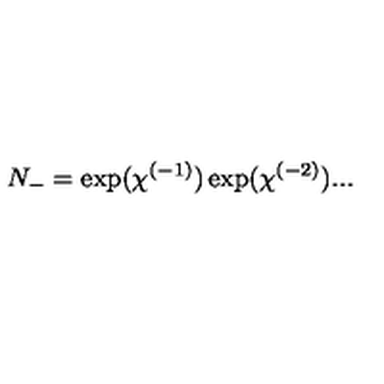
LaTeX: N _ { - } = \exp ( \chi ^ { ( - 1 ) } ) \exp ( \chi ^ { ( - 2 ) } ) . . .